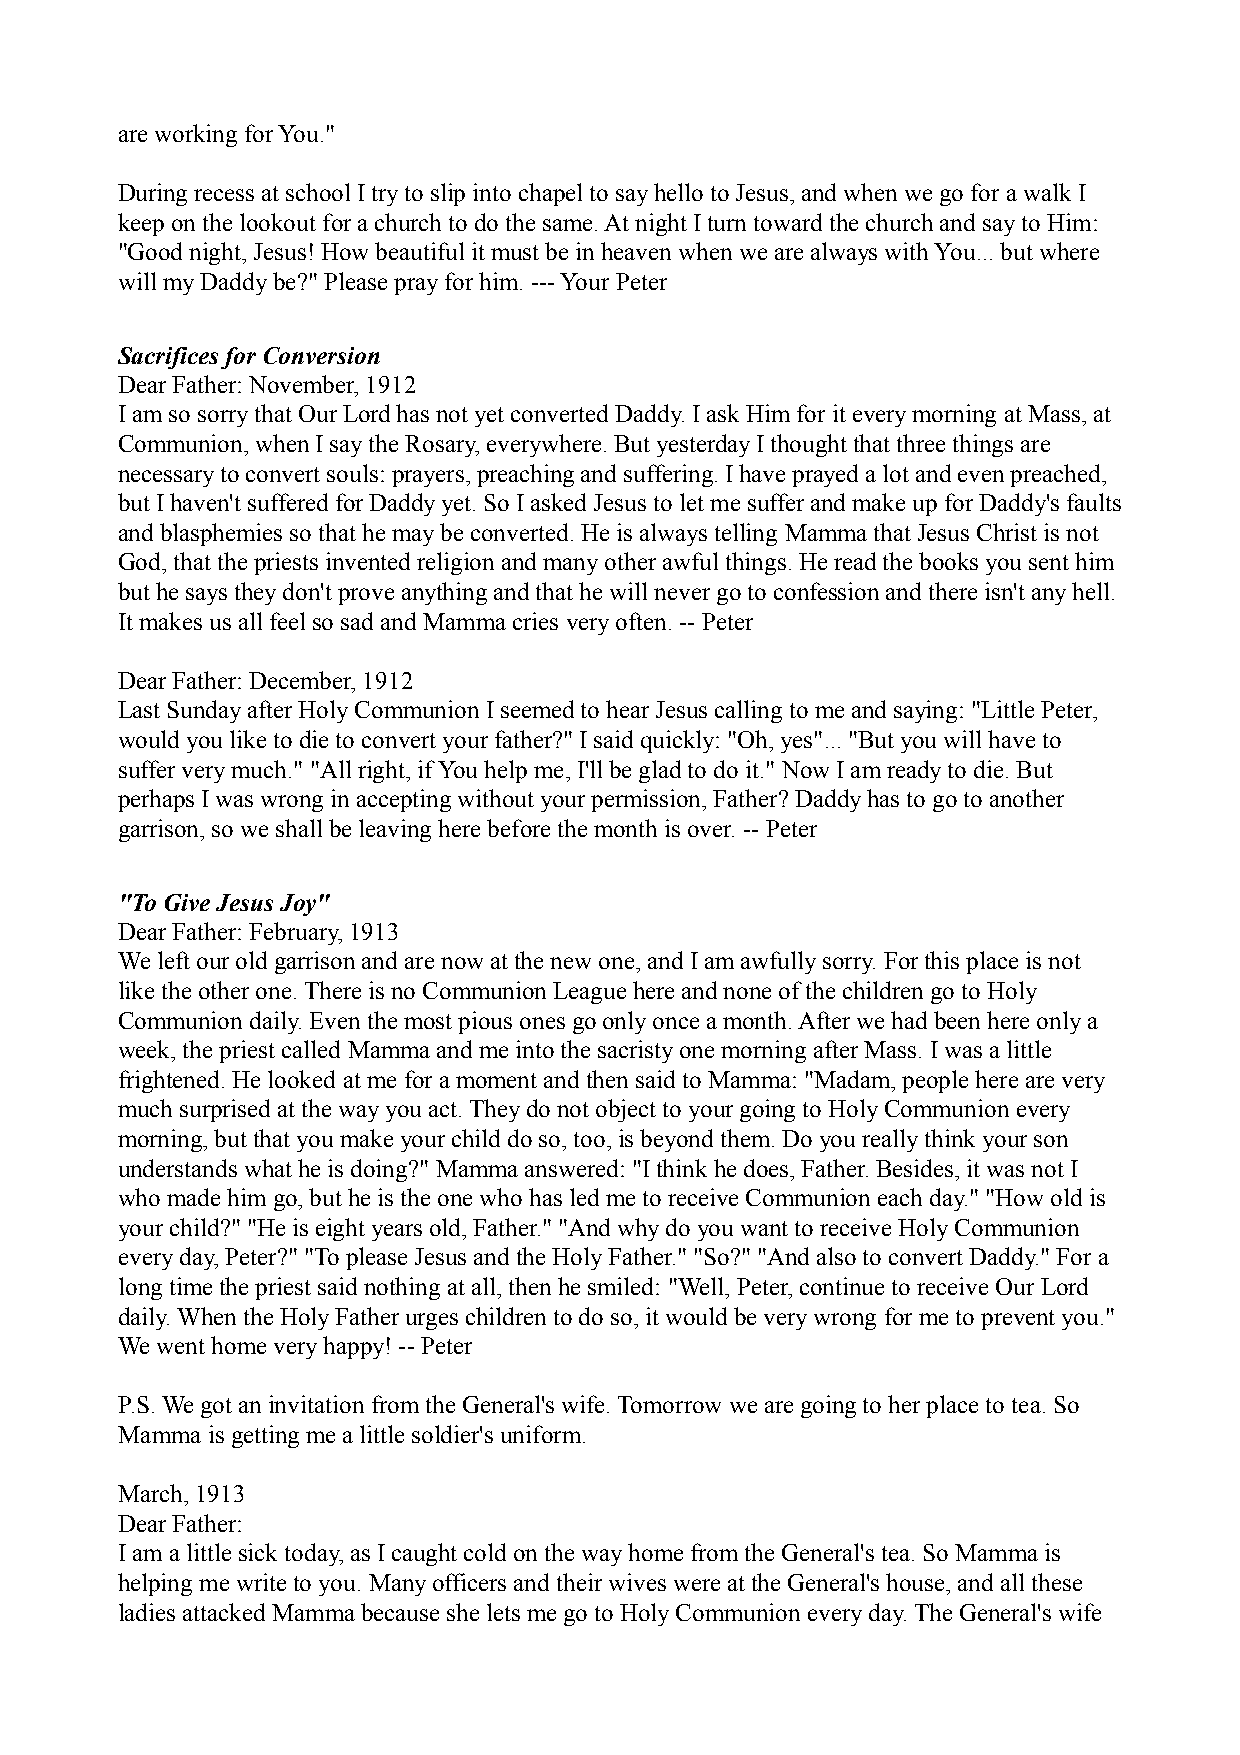
are working for You."
 During recess at school I try to slip into chapel to say hello to Jesus, and when we go for a walk I
 keep on the lookout for a church to do the same. At night I turn toward the church and say to Him:
 "Good night, Jesus! How beautiful it must be in heaven when we are always with You... but where
 will my Daddy be?" Please pray for him. --- Your Peter
 Sacrifices for Conversion
 Dear Father: November, 1912
 I am so sorry that Our Lord has not yet converted Daddy. I ask Him for it every morning at Mass, at
 Communion, when I say the Rosary, everywhere. But yesterday I thought that three things are
 necessary to convert souls: prayers, preaching and suffering. I have prayed a lot and even preached,
 but I haven't suffered for Daddy yet. So I asked Jesus to let me suffer and make up for Daddy's faults
 and blasphemies so that he may be converted. He is always telling Mamma that Jesus Christ is not
 God, that the priests invented religion and many other awful things. He read the books you sent him
 but he says they don't prove anything and that he will never go to confession and there isn't any hell.
 It makes us all feel so sad and Mamma cries very often. -- Peter
 Dear Father: December, 1912
 Last Sunday after Holy Communion I seemed to hear Jesus calling to me and saying: "Little Peter,
 would you like to die to convert your father?" I said quickly: "Oh, yes"... "But you will have to
 suffer very much." "All right, if You help me, I'll be glad to do it." Now I am ready to die. But
 perhaps I was wrong in accepting without your permission, Father? Daddy has to go to another
 garrison, so we shall be leaving here before the month is over. -- Peter
 "To Give Jesus Joy"
 Dear Father: February, 1913
 We left our old garrison and are now at the new one, and I am awfully sorry. For this place is not
 like the other one. There is no Communion League here and none of the children go to Holy
 Communion daily. Even the most pious ones go only once a month. After we had been here only a
 week, the priest called Mamma and me into the sacristy one morning after Mass. I was a little
 frightened. He looked at me for a moment and then said to Mamma: "Madam, people here are very
 much surprised at the way you act. They do not object to your going to Holy Communion every
 morning, but that you make your child do so, too, is beyond them. Do you really think your son
 understands what he is doing?" Mamma answered: "I think he does, Father. Besides, it was not I
 who made him go, but he is the one who has led me to receive Communion each day." "How old is
 your child?" "He is eight years old, Father." "And why do you want to receive Holy Communion
 every day, Peter?" "To please Jesus and the Holy Father." "So?" "And also to convert Daddy." For a
 long time the priest said nothing at all, then he smiled: "Well, Peter, continue to receive Our Lord
 daily. When the Holy Father urges children to do so, it would be very wrong for me to prevent you."
 We went home very happy! -- Peter
 P.S. We got an invitation from the General's wife. Tomorrow we are going to her place to tea. So
 Mamma is getting me a little soldier's uniform.
 March, 1913
 Dear Father:
 I am a little sick today, as I caught cold on the way home from the General's tea. So Mamma is
 helping me write to you. Many officers and their wives were at the General's house, and all these
 ladies attacked Mamma because she lets me go to Holy Communion every day. The General's wife